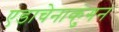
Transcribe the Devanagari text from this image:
एडाचेनाकुंगन